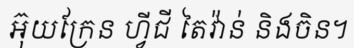
អ៊ុយក្រែន ហ្វីជី តៃវ៉ាន់ និងចិន។